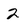
Character: 2